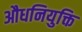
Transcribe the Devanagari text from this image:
औधनियुक्ति